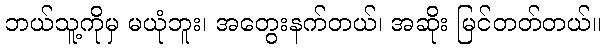
ဘယ်သူ့ကိုမှ မယုံဘူး၊ အတွေးနက်တယ်၊ အဆိုး မြင်တတ်တယ်။